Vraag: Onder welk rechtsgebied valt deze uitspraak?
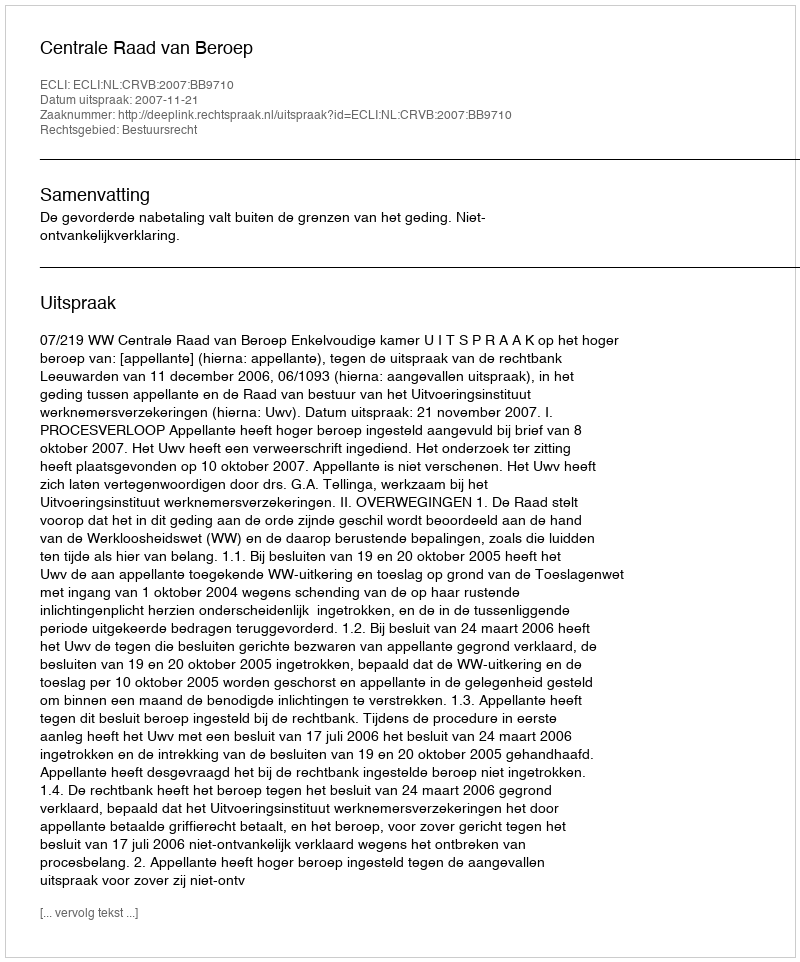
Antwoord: Bestuursrecht